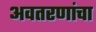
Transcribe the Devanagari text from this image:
अवतरणांचा